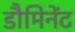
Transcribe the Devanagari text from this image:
डौमिनेंट